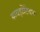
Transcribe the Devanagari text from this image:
बायझेंटियम